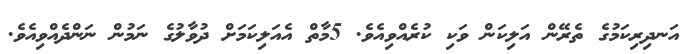
އަނދިރިކަމުގެ ތެރޭން އަލިކަން ވަކި ކުރެއްވިއެވެ. 5މާތް އެއަލިކަމަށް ދުވާލުގެ ނަމުން ނަންދެއްވިއެވެ.